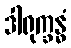
ဒါရုက္ခန္ဓံ